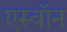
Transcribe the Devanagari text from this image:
एस्वॉन